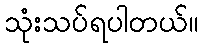
သုံးသပ်ရပါတယ်။